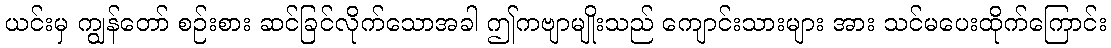
ယင်းမှ ကျွန်တော် စဉ်းစား ဆင်ခြင်လိုက်သောအခါ ဤကဗျာမျိုးသည် ကျောင်းသားများ အား သင်မပေးထိုက်ကြောင်း